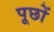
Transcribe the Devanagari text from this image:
पूछों